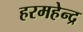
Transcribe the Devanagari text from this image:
हरमहेन्द्र